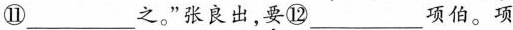
⑪___之。”张良出，\underset{·}{要}⑫___项伯。项